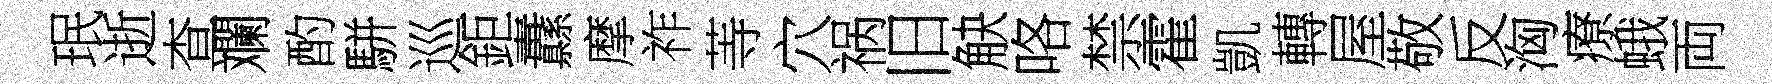
珉逝查斕酌駢巡鉅纛摩祚䓁穴祸旧觖咯禁霍凱轉屋敬反洶療蛾両